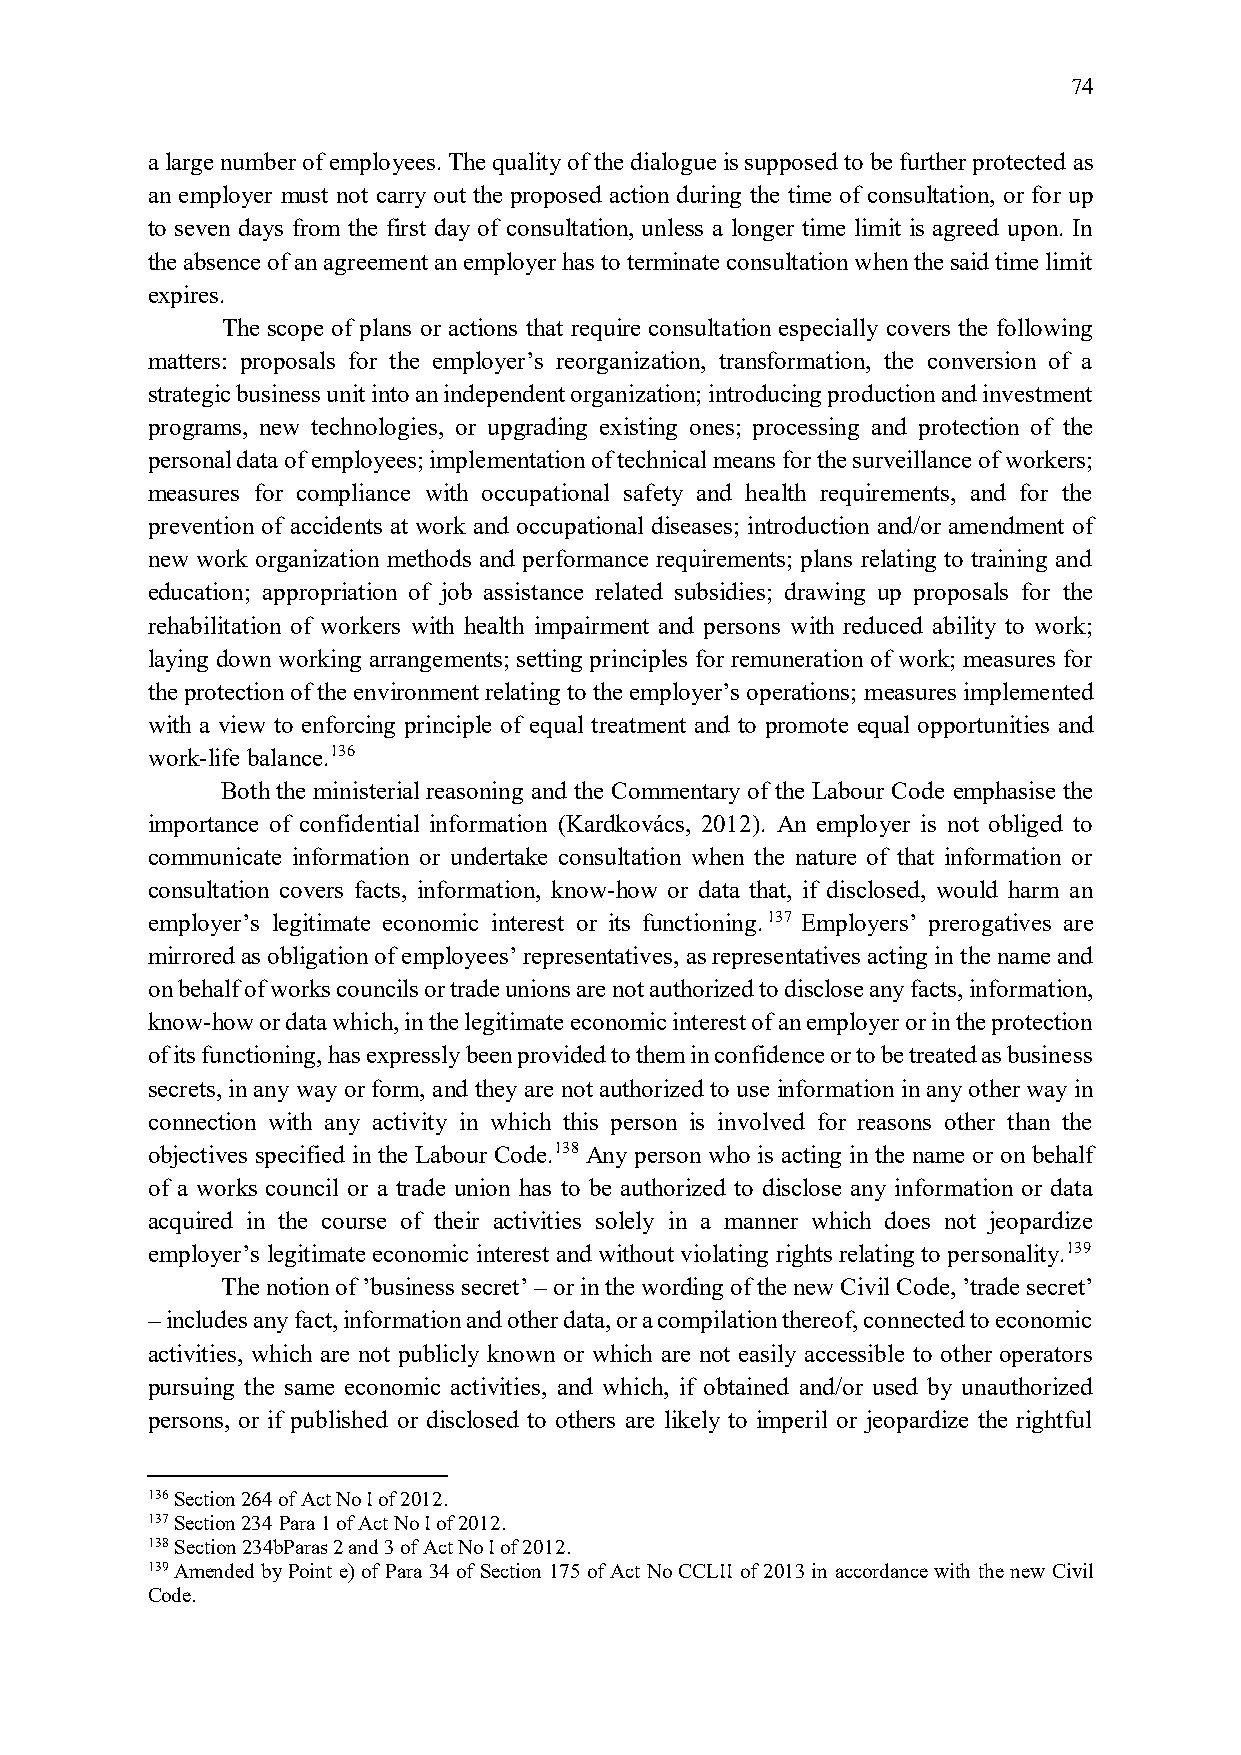
74
 a large number of employees. The quality of the dialogue is supposed to be further protected as
 an employer must not carry out the proposed action during the time of consultation, or for up
 to seven days from the first day of consultation, unless a longer time limit is agreed upon. In
 the absence of an agreement an employer has to terminate consultation when the said time limit
 expires.
 The scope of plans or actions that require consultation especially covers the following
 matters: proposals for the employer’s reorganization, transformation, the conversion of a
 strategic business unit into an independent organization; introducing production and investment
 programs, new technologies, or upgrading existing ones; processing and protection of the
 personal data of employees; implementation of technical means for the surveillance of workers;
 measures for compliance with occupational safety and health requirements, and for the
 prevention of accidents at work and occupational diseases; introduction and/or amendment of
 new work organization methods and performance requirements; plans relating to training and
 education; appropriation of job assistance related subsidies; drawing up proposals for the
 rehabilitation of workers with health impairment and persons with reduced ability to work;
 laying down working arrangements; setting principles for remuneration of work; measures for
 the protection of the environment relating to the employer’s operations; measures implemented
 with a view to enforcing principle of equal treatment and to promote equal opportunities and
 work-life balance.136
 Both the ministerial reasoning and the Commentary of the Labour Code emphasise the
 importance of confidential information (Kardkovács, 2012). An employer is not obliged to
 communicate information or undertake consultation when the nature of that information or
 consultation covers facts, information, know-how or data that, if disclosed, would harm an
 employer’s legitimate economic interest or its functioning.137 Employers’ prerogatives are
 mirrored as obligation of employees’ representatives, as representatives acting in the name and
 on behalf of works councils or trade unions are not authorized to disclose any facts, information,
 know-how or data which, in the legitimate economic interest of an employer or in the protection
 of its functioning, has expressly been provided to them in confidence or to be treated as business
 secrets, in any way or form, and they are not authorized to use information in any other way in
 connection with any activity in which this person is involved for reasons other than the
 objectives specified in the Labour Code.138 Any person who is acting in the name or on behalf
 of a works council or a trade union has to be authorized to disclose any information or data
 acquired in the course of their activities solely in a manner which does not jeopardize
 employer’s legitimate economic interest and without violating rights relating to personality.139
 The notion of ’business secret’ – or in the wording of the new Civil Code, ’trade secret’
 – includes any fact, information and other data, or a compilation thereof, connected to economic
 activities, which are not publicly known or which are not easily accessible to other operators
 pursuing the same economic activities, and which, if obtained and/or used by unauthorized
 persons, or if published or disclosed to others are likely to imperil or jeopardize the rightful
 136 Section 264 of Act No I of 2012.
 137 Section 234 Para 1 of Act No I of 2012.
 138 Section 234bParas 2 and 3 of Act No I of 2012.
 139 Amended by Point e) of Para 34 of Section 175 of Act No CCLII of 2013 in accordance with the new Civil
 Code.